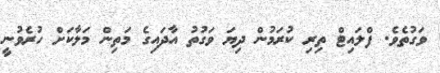
ވަގުތެވެ. ފްލައިޓް ތިރި ކުރަމުން ދިޔަ ވަގުތު އާދައިގެ މަތިން މަލާކަށް ހުރެވުނީ